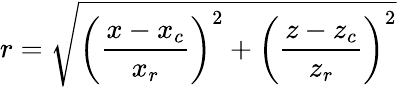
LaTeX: r=\sqrt[]{\left(\frac{x-x_{c}}{x_{r}}\right)^{2}+\left(\frac{z-z_{c}}{z_{r}}\right)^{2}}